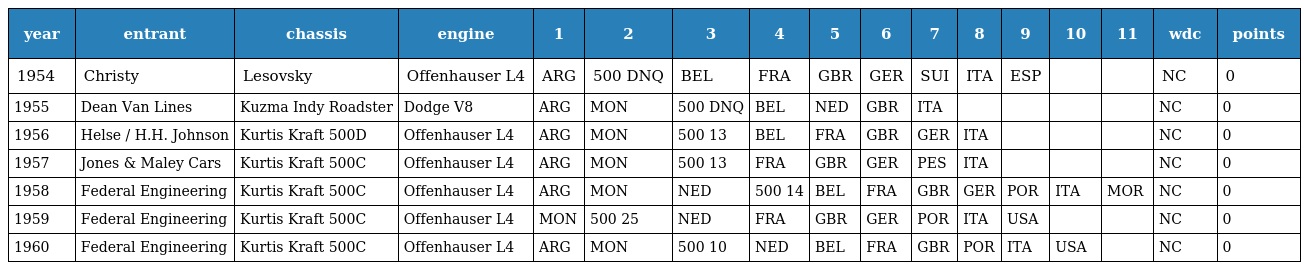
| year | entrant | chassis | engine | 1 | 2 | 3 | 4 | 5 | 6 | 7 | 8 | 9 | 10 | 11 | wdc | points |
 | --- | --- | --- | --- | --- | --- | --- | --- | --- | --- | --- | --- | --- | --- | --- | --- | --- |
 | 1954 | Christy | Lesovsky | Offenhauser L4 | ARG | 500 DNQ | BEL | FRA | GBR | GER | SUI | ITA | ESP |  |  | NC | 0 |
 | 1955 | Dean Van Lines | Kuzma Indy Roadster | Dodge V8 | ARG | MON | 500 DNQ | BEL | NED | GBR | ITA |  |  |  |  | NC | 0 |
 | 1956 | Helse / H.H. Johnson | Kurtis Kraft 500D | Offenhauser L4 | ARG | MON | 500 13 | BEL | FRA | GBR | GER | ITA |  |  |  | NC | 0 |
 | 1957 | Jones & Maley Cars | Kurtis Kraft 500C | Offenhauser L4 | ARG | MON | 500 13 | FRA | GBR | GER | PES | ITA |  |  |  | NC | 0 |
 | 1958 | Federal Engineering | Kurtis Kraft 500C | Offenhauser L4 | ARG | MON | NED | 500 14 | BEL | FRA | GBR | GER | POR | ITA | MOR | NC | 0 |
 | 1959 | Federal Engineering | Kurtis Kraft 500C | Offenhauser L4 | MON | 500 25 | NED | FRA | GBR | GER | POR | ITA | USA |  |  | NC | 0 |
 | 1960 | Federal Engineering | Kurtis Kraft 500C | Offenhauser L4 | ARG | MON | 500 10 | NED | BEL | FRA | GBR | POR | ITA | USA |  | NC | 0 |